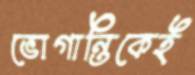
ভোগান্তিকেই